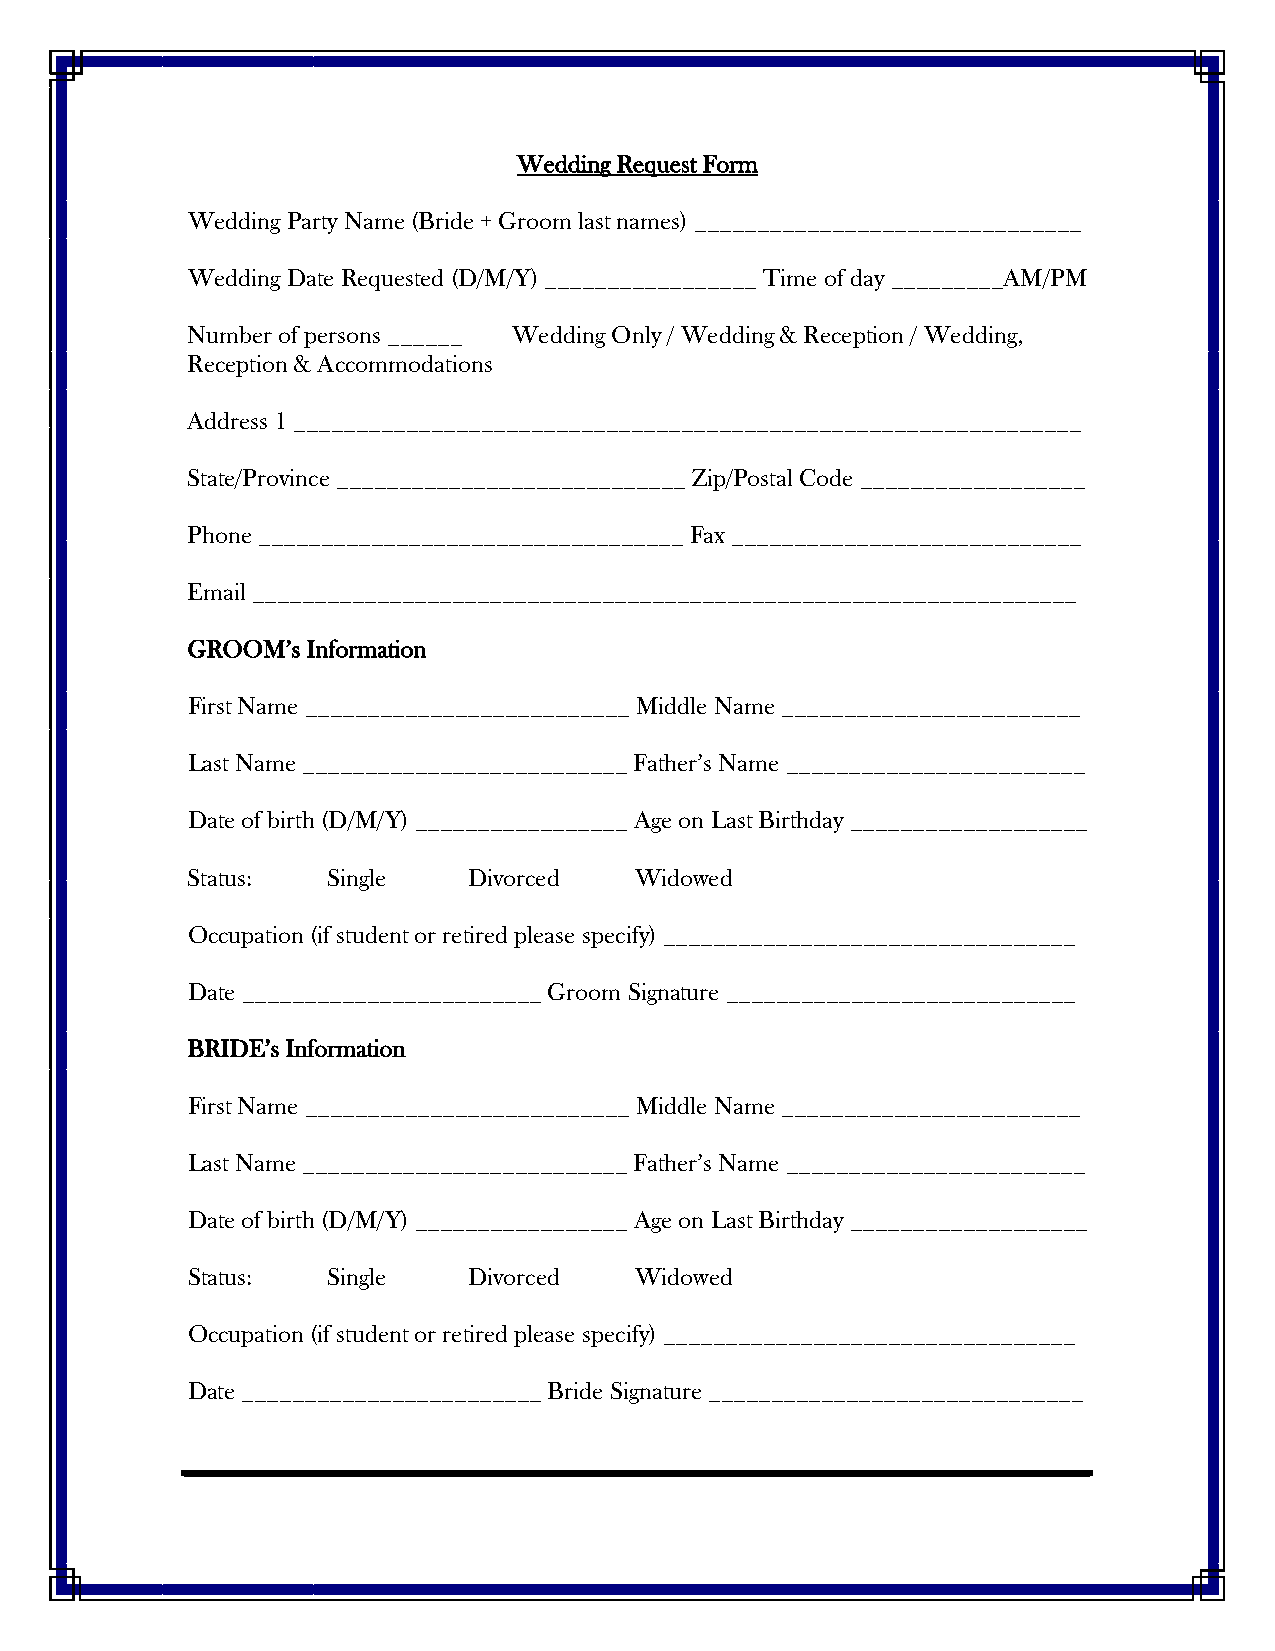
Wedding Request Form
 Wedding Party Name (Bride + Groom last names) _______________________________
 Wedding Date Requested (D/M/Y) _________________ Time of day _________AM/PM
 Number of persons ______ Wedding Only / Wedding & Reception / Wedding,
 Reception & Accommodations
 Address 1 _______________________________________________________________
 State/Province ____________________________ Zip/Postal Code __________________
 Phone __________________________________ Fax ____________________________
 Email __________________________________________________________________
 GROOM’s Information
 First Name __________________________ Middle Name ________________________
 Last Name __________________________ Father’s Name ________________________
 Date of birth (D/M/Y) _________________ Age on Last Birthday ___________________
 Status:   Single   Divorced   Widowed
 Occupation (if student or retired please specify) _________________________________
 Date ________________________ Groom Signature ____________________________
 BRIDE’s Information
 First Name __________________________ Middle Name ________________________
 Last Name __________________________ Father’s Name ________________________
 Date of birth (D/M/Y) _________________ Age on Last Birthday ___________________
 Status:   Single   Divorced   Widowed
 Occupation (if student or retired please specify) _________________________________
 Date ________________________ Bride Signature ______________________________